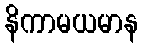
နိကာမယမာန